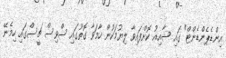
އިންޑެޕެންޑެންޓް" ގައި ޝާއިއު ކޮށްފައިވާ ލިޔުމަކުން ހާމަވާ ގޮތުގައި ސްވިސް ޗީސްގައި ހިމެނޭ